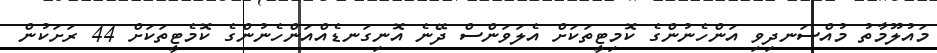
މައުލޫމާތު މުއްސަނދިވި އަންހެނުންގެ ކޮމިޓީތަކަށް އެލަވަންސް ދޭނެ އޮނިގަނޑެއްއަންހެނުންގެ ކޮމެޓީތަކަށް 44 ރަށަކުން